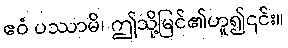
ဧဝံ ပဿာမိ၊ ဤသို့မြင်၏ဟူ၍၎င်း။